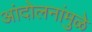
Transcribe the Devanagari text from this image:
आंदोलनांमुळे